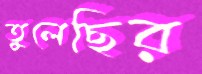
তুলেছির